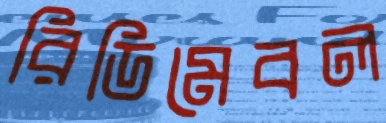
রিডিমেবল